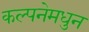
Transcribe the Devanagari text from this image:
कल्पनेमधुन